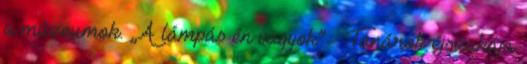
a múzeumok. „A lámpás én vagyok” – Tanárok éjszakája